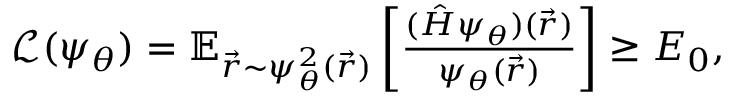
\begin{array} { r } { \mathcal { L } ( \psi _ { \theta } ) = \mathbb { E } _ { \vec { r } \sim \psi _ { \theta } ^ { 2 } ( \vec { r } ) } \left[ \frac { ( \hat { H } \psi _ { \theta } ) ( \vec { r } ) } { \psi _ { \theta } ( \vec { r } ) } \right] \geq E _ { 0 } , } \end{array}